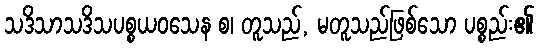
သဒိသာသဒိသပစ္စယဝသေန စ၊ တူသည်, မတူသည်ဖြစ်သော ပစ္စည်း၏